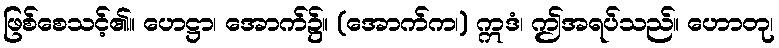
ဖြစ်စေသင့်၏။ ဟေဋ္ဌာ၊ အောက်၌။ (အောက်က၊) ဣဒံ၊ ဤအရပ်သည်။ ဟောတု၊